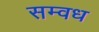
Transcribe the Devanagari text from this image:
सम्वध